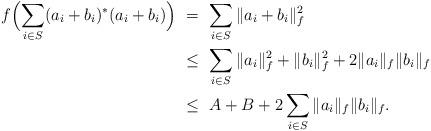
LaTeX: \begin{align*} f \Bigl(\sum_{i \in S} (a_i + b_i)^*(a_i + b_i) \Bigr) & \ =\ \sum_{i \in S} \| a_i + b_i\|_f^2 \\ & \ \leq\ \sum_{i \in S} \| a_i\|_f^2 +\| b_i\|_f^2 + 2\|a_i\|_f \|b_i\|_f \\ & \ \leq\ A+B+ 2\sum_{i \in S} \|a_i\|_f \|b_i\|_f.\end{align*}